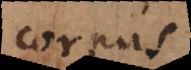
corpus